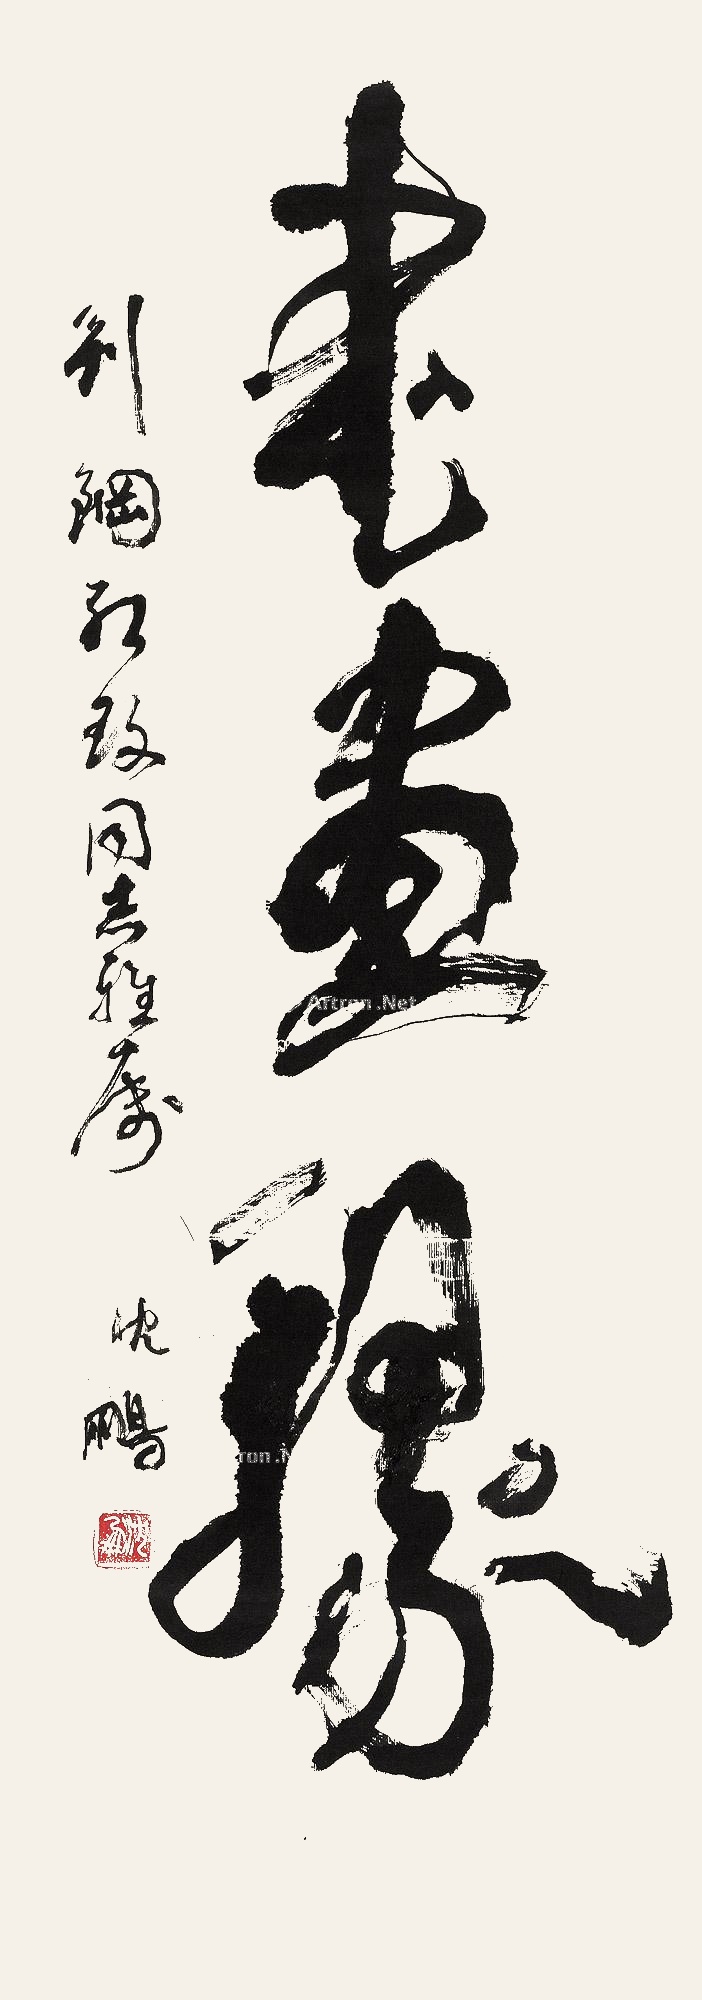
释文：书画缘刘陶、红玫同志雅属。沈鹏。